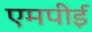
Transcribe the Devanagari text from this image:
एमपीई